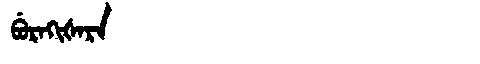
Manchu: ᠪᡠᡵᠠᡴᡳᡧᠠᡵᠠ
Romanization: BURAKIŠARA